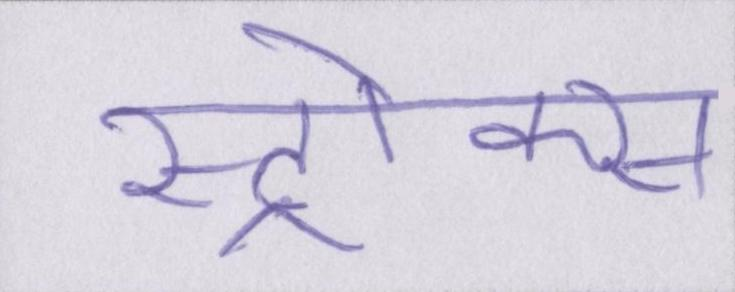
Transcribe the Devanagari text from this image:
स्ट्रोक्स